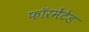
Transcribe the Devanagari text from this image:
फॉरमेंटेड